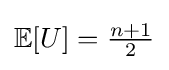
\mathbb {E} [U]=\textstyle {\frac {n+1}{2}}